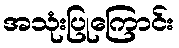
အသုံးပြုကြောင်း